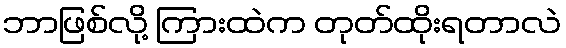
ဘာဖြစ်လို့ ကြားထဲက တုတ်ထိုးရတာလဲ